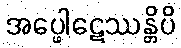
အပ္ဖေါဋေဿန္တိပိ